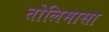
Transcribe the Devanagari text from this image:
तोलिमासा